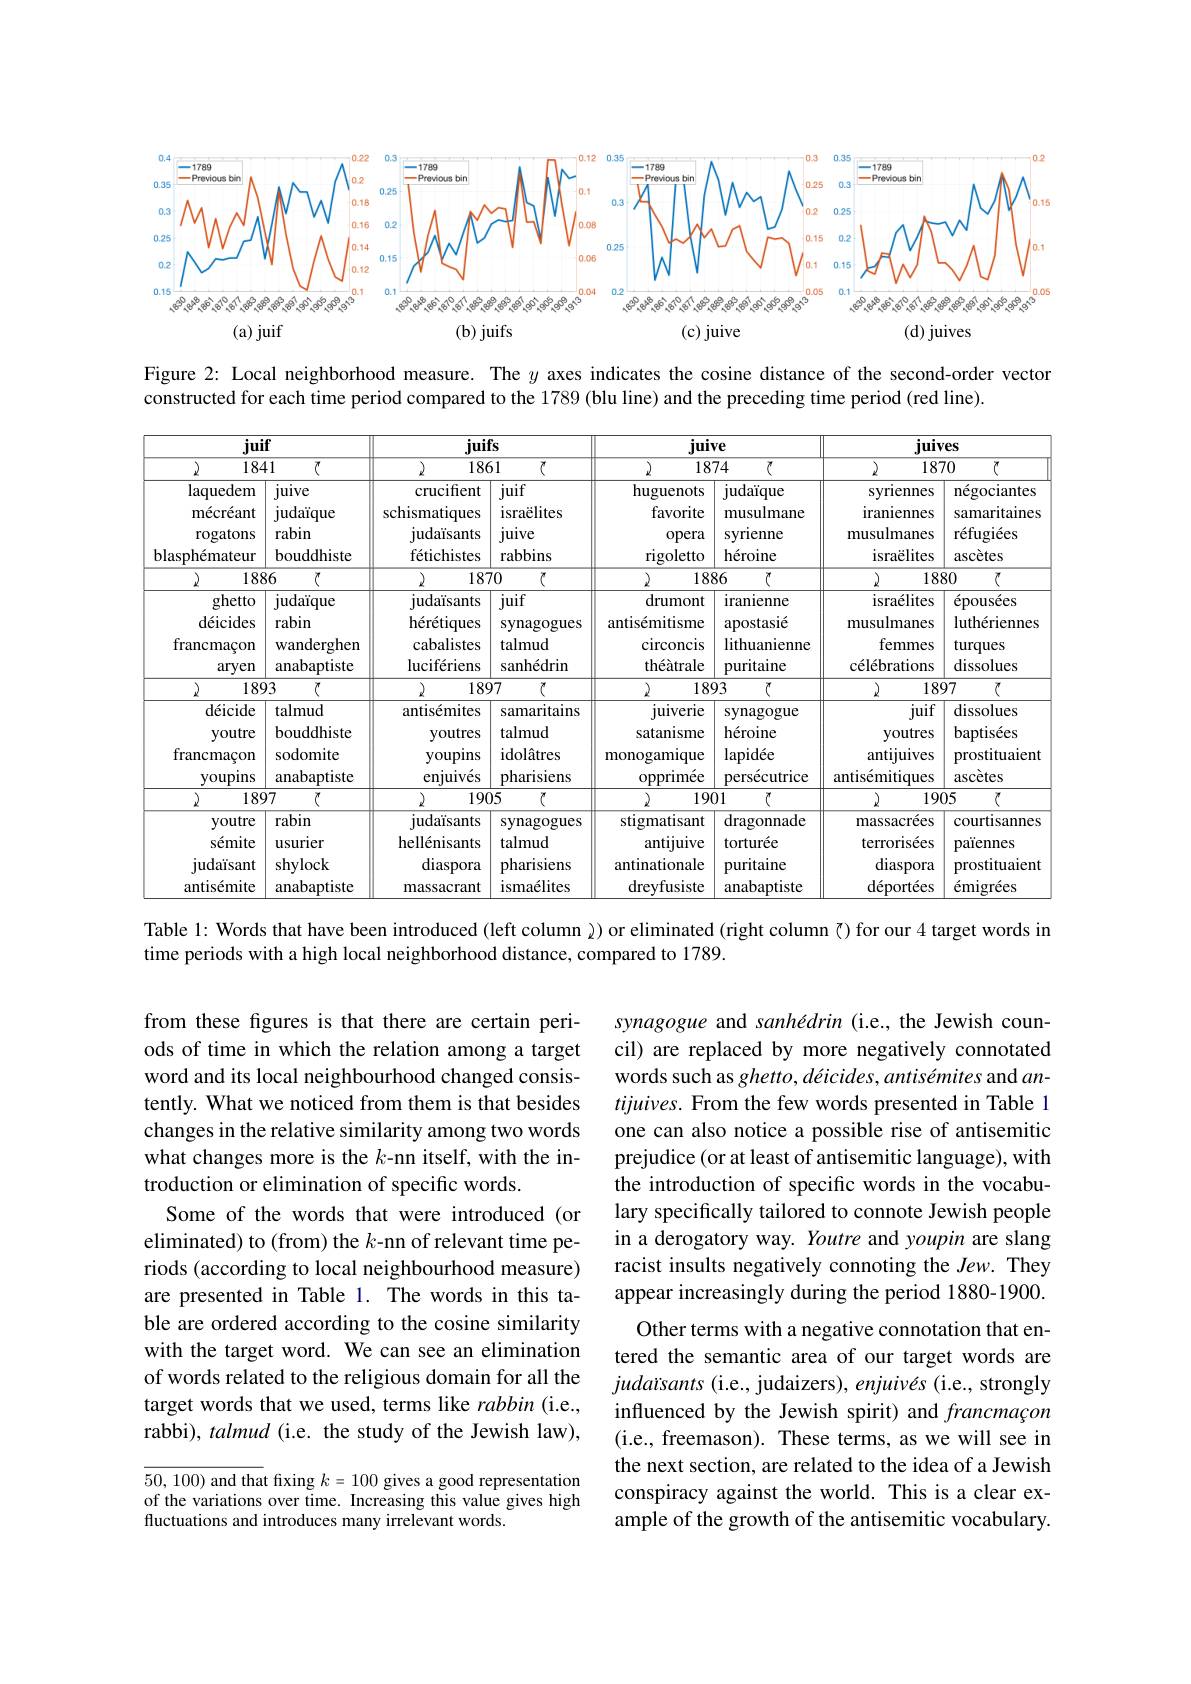
<FigureHere>

Figure 2: Local neighborhood measure. The $y$ axes indicates the cosine distance of the second-order vector
constructed for each time period compared to the 1789 (blu line) and the preceding time period (red line).

<table>
	<tbody>
		<tr>
			<th colspan="2">juif</th>
			<th colspan="2">juifs</th>
			<th colspan="2">juive</th>
			<th colspan="2">juives</th>
		</tr>
		<tr>
			<th>2 1</th>
			<th>341 $\overline{(\tau)}$</th>
			<th rowspan="1">10 1861 crucifient juif cohicmatio $isra\ddot{\rho}lit$</th>
			<th>61 $\overline{\text{て}}$</th>
			<th colspan="2">1874 7</th>
			<th colspan="2">2 1870 $T$</th>
		</tr>
		<tr>
			<th>$\operatorname{laqueder}$ ${\mathrm{m\'{e}cr\'{e}ar}}$ rogaton blasphémateu</th>
			<th>juive judaïque rabin bouddhiste</th>
			<th>crucifient schismatiques judaisants fétichistes</th>
			<th>juif israëlites juive rabbins</th>
			<th>huguenots favorite opera rigoletto</th>
			<th>judaïque musulmane syrienne h$\' {e}$roine</th>
			<th rowspan="1">syriennes ${\text{négociante}}$ iraniennes samaritaine musulmanes réfugiées israëlites ascètes</th>
			<th>négociantes samaritaines réfugiées ascètes</th>
		</tr>
		<tr>
			<td colspan="2">2 1886 $\tau$</td>
			<td colspan="2">2 1870 $T$</td>
			<td rowspan="1">V 2 1886</td>
			<td rowspan="1">V 1 1886 $T$</td>
			<td>188</td>
			<td rowspan="1">1880 7</td>
		</tr>
		<tr>
			<td>ghett d$\' {e}$icide francmaço arye</td>
			<td>judaïque rabin wanderghen anabaptiste</td>
			<td>judaisants hérétiques cabalistes lucifériens</td>
			<td rowspan="1">10/0 judaïsants juif hérétiques synagogues cabalistes talmud lucifériens sanhédrin</td>
			<td>drumont antisémitisme circoncis théàtrale</td>
			<td>iranienne apostasıè lithuanienne puritaine</td>
			<td>israélites musulmanes femmes ${\mathrm{c\'{e}l\'{e}brations}}$</td>
			<td>$\text{\' {e}pous\' {e}es}$ luthériennes $\operatorname{turques}$ dissolues</td>
		</tr>
		<tr>
			<td colspan="4">2 1893 $T$</td>
			<td rowspan="2">2 1897 $T$</td>
			<td rowspan="2">2 1897 $T$</td>
			<td rowspan="2">I 1893 $T$</td>
			<td>93 $T$</td>
			<td colspan="4">2 1897 (</td>
		</tr>
		<tr>
			<td>93 $T$</td>
		</tr>
		<tr>
			<td>déicid youtr francmaço youpın</td>
			<td rowspan="1">107. icide talmud bouddhiste outre sodomite lacon upins anabaptiste</td>
			<td>antisémites youtres youpins enjuives</td>
			<td>samaritains talmud $\operatorname{idol\text{âtres}}$ pharisiens</td>
			<td>juiverie satanisme monogamique opprimee</td>
			<td>synagogue h$\' {e}$roine $\operatorname{lapid\'{e}e}$ persécutrice</td>
			<td>juif $\mathbf{voutres}$ antijuives antisémitiques</td>
			<td>dissolues baptisées prostituaient ascètes</td>
		</tr>
		<tr>
			<td>2 1</td>
			<td>397 $T$</td>
			<td colspan="2">$\mathbf{1}_{-1}|\mathbf{0}$ $P^{\prime}$ $\mathbf{1.1.}$ 1905 7</td>
			<td>$19C$ 7</td>
			<td rowspan="1">${\mathrm{vPPT}}$ $P^{\mathbf{u}}$ 1 1901 $T$</td>
			<td colspan="2">2 1905 $T$</td>
		</tr>
		<tr>
			<td>youtr sémit judaïsar antisémit</td>
			<td>rabin usurier shylock anabaptiste</td>
			<td>judaïsants hellénisants diaspora massacrant</td>
			<td>synagogues talmud pharisiens ismaélites</td>
			<td>stigmatisant antijuive antinationale dreyfusiste</td>
			<td>dragonnade torturée puritaine anabaptiste</td>
			<td>massacrées terrorisées diaspora d$\' {e}$port$\' {e}$es</td>
			<td>courtisannes païennes prostituaient $\text{\' {e}migr\' {e}es}$</td>
		</tr>
	</tbody>
</table>

time periods with a high local neighborhood distance, compared to 1789.

from these figures is that there are certain periods of time in which the relation among a target word and its local neighbourhood changed consistently. What we noticed from them is that besides changes in the relative similarity among two words what changes more is the $k$-nn itself, with the introduction or elimination of specific words.
Some of the words that were introduced (or eliminated) to (from) the $k$-nn of relevant time periods (according to local neighbourhood measure) are presented in Table 1. The words in this table are ordered according to the cosine similarity with the target word. We can see an elimination of words related to the religious domain for all the target words that we used, terms like rabbin (i.e., rabbi), talmud (i.e. the study of the Jewish law),

synagogue and sanhédrin (i.e., the Jewish council) are replaced by more negatively connotated words such as ghetto, déicides, antisémites and $an-$ tijuives. From the few words presented in Table 1 one can also notice a possible rise of antisemitic prejudice (or at least of antisemitic language), with the introduction of specific words in the vocabulary specifically tailored to connote Jewish people in a derogatory way. Youtre and youpin are slang racist insults negatively connoting the Jew. They appear increasingly during the period 1880-1900.
Other terms with a negative connotation that entered the semantic area of our target words are judaisants (i.e., judaizers), enjuivés (i.e., strongly influenced by the Jewish spirit) and francmaçon (i.e., freemason). These terms, as we will see in the next section, are related to the idea of a Jewish conspiracy against the world. This is a clear example of the growth of the antisemitic vocabulary.

50,100) and that fixing $k=100$ gives a good representation of the variations over time. Increasing this value gives high fluctuations and introduces many irrelevant words.